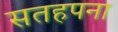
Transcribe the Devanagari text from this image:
सतहपना